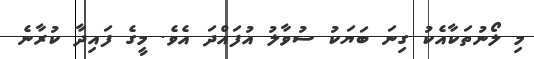
މި ލޯނުތަކާއެކު ގިނަ ބަޔަކު ސުވާލު އުފައްދަ އެވެ. މީގެ ފައިދާ ކުރާނެ